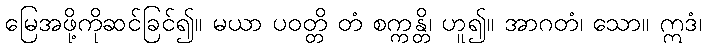
မြေအဖို့ကိုဆင်ခြင်၍။ မယာ ပဝတ္တိ တံ စက္ကန္တိ၊ ဟူ၍။ အာဂတံ၊ သော။ ဣဒံ၊